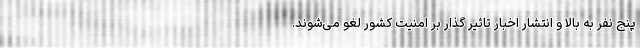
پنج نفر به بالا و انتشار اخبار تاثیر گذار بر امنیت کشور لغو می‌شوند.